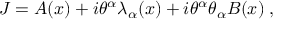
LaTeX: J = A ( x ) + i \theta ^ { \alpha } \lambda _ { \alpha } ( x ) + i \theta ^ { \alpha } \theta _ { \alpha } B ( x ) \; ,